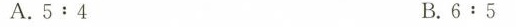
A.5:4 B.6:5